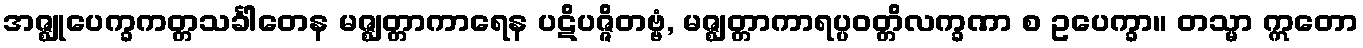
အဇ္ဈုပေက္ခကတ္တသင်္ခါတေန မဇ္ဈတ္တာကာရေန ပဋိပဇ္ဇိတဗ္ဗံ, မဇ္ဈတ္တာကာရပ္ပဝတ္တိလက္ခဏာ စ ဥပေက္ခာ။ တသ္မာ ဣတော